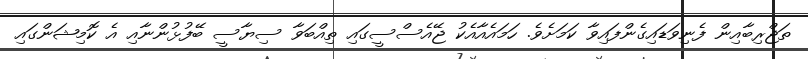
ތަޖްރިބާއިން ފެނިވަޑައިގެންފައިވާ ކަމަށެވެ. ހަމައެއާއެކު ޖޭއެސްސީގައި ތިއްބަވާ ސިޔާސީ ބޭފުޅުންނާއި އެ ކޮމިޝަންގައި